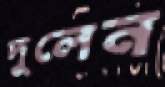
দুলেন